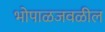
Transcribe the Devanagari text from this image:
भोपाळजवळील